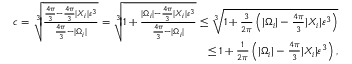
\begin{array} { r } { c = \sqrt [ 3 ] { \frac { \frac { 4 \pi } { 3 } - \frac { 4 \pi } { 3 } | X _ { i } | \varepsilon ^ { 3 } } { \frac { 4 \pi } { 3 } - | \Omega _ { i } | } } = \sqrt [ 3 ] { 1 + \frac { | \Omega _ { i } | - \frac { 4 \pi } { 3 } | X _ { i } | \varepsilon ^ { 3 } } { \frac { 4 \pi } { 3 } - | \Omega _ { i } | } } \leq \sqrt [ 3 ] { 1 + \frac { 3 } { 2 \pi } \left( | \Omega _ { i } | - \frac { 4 \pi } { 3 } | X _ { i } | \varepsilon ^ { 3 } \right) } } \\ { \leq 1 + \frac { 1 } { 2 \pi } \left( | \Omega _ { i } | - \frac { 4 \pi } { 3 } | X _ { i } | \varepsilon ^ { 3 } \right) , } \end{array}